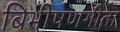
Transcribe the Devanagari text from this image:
बिभीषणगीता